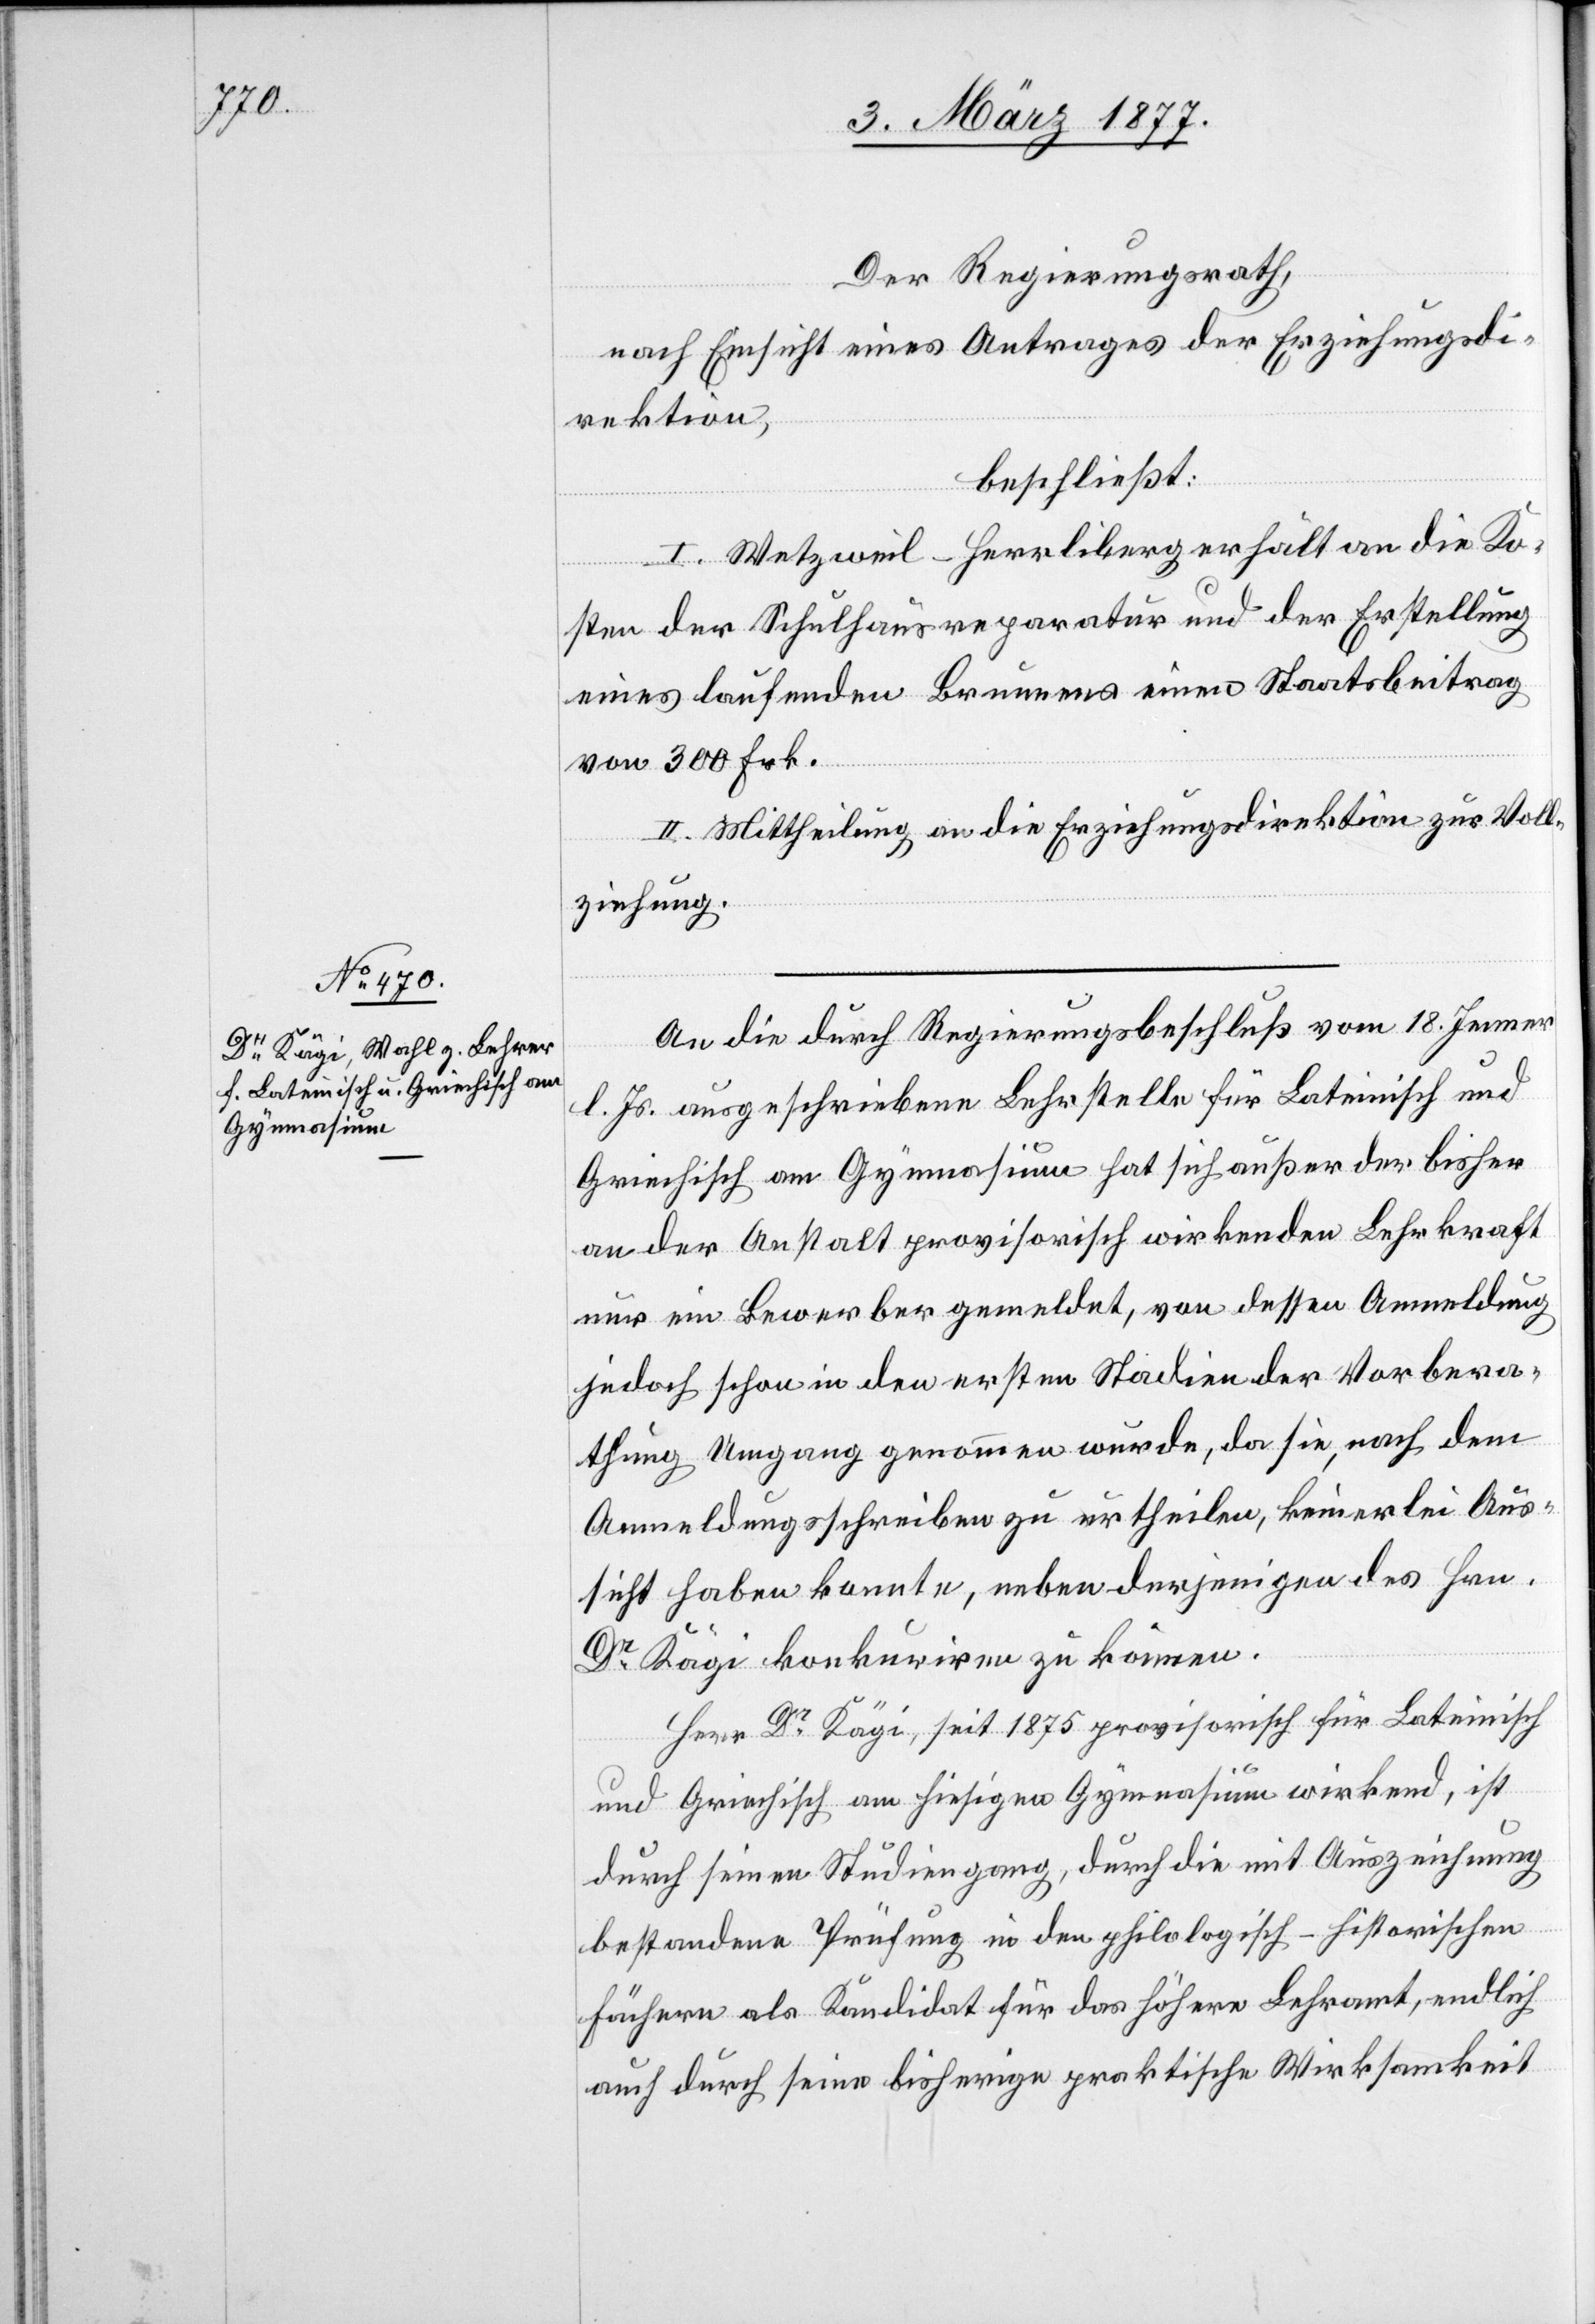
An die durch Regierungsbeschluß vom 18. Jenner
l. Js. ausgeschriebene Lehrstelle für Lateinisch und
Griechisch am Gymnasium hat sich außer der bisher
an der Anstalt provisorisch wirkenden Lehrkraft
nur ein Bewerber gemeldet, von dessen Anmeldung
jedoch schon in den ersten Stadien der Vorbera¬
thung Umgang genommen wurde, da sie, nach dem
Anmeldungsschreiben zu urtheilen, keinerlei Aus¬
sicht haben konnte, neben derjenigen des Hrn.
Dr Kägi konkuriren zu können.
Herr Dr Kägi, seit 1875 provisorisch für Lateinisch
und Griechisch am hiesigen Gymnasium wirkend, ist
durch seinen Studiengang, durch die mit Auszeichnung
bestandene Prüfung in den philosophisch-historischen
Fächern als Kandidat für das höhere Lehramt, endlich
auch durch seine bisherige praktische Wirksamkeit